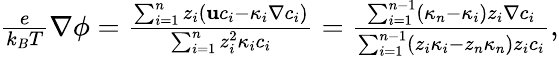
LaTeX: \begin{array}{r}{\frac{e}{k_{B}T}\nabla\phi=\frac{\sum_{i=1}^{n}z_{i}\left(\mathbf{u}c_{i}-\kappa_{i}\nabla c_{i}\right)}{\sum_{i=1}^{n}z_{i}^{2}\kappa_{i}c_{i}}=\frac{\sum_{i=1}^{n-1}(\kappa_{n}-\kappa_{i})z_{i}\nabla c_{i}}{\sum_{i=1}^{n-1}(z_{i}\kappa_{i}-z_{n}\kappa_{n})z_{i}c_{i}},}\end{array}